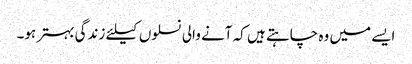
ایسے میں وہ چاہتے ہیں کہ آنے والی نسلوں کیلئے زندگی بہتر ہو۔